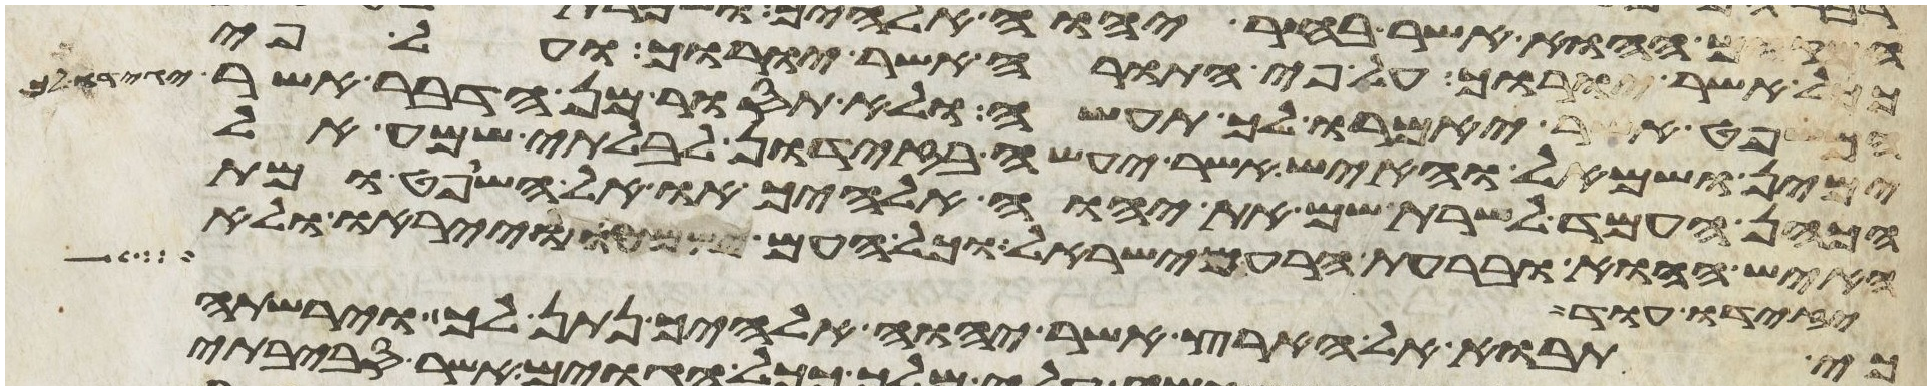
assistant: ככל אשר יורוך על פי התורה אשר יורוך ועל פי
המשפט אשר יאמרו לך תעשה ולא תסור מן הדבר אשר יגידו לך
ימין ושמאל והאיש אשר יעשה בזדון לבלתי שמע אל
הכהן העמד לשרת שם את יהוה אלהיך או אל השופט ומת
האיש ההוא ובערת הרע מישראל וכל העם ישמעו וייראו ולא
יזידו עוד
כי תבוא אל הארץ אשר יהוה אלהיך נתן לך וירשת